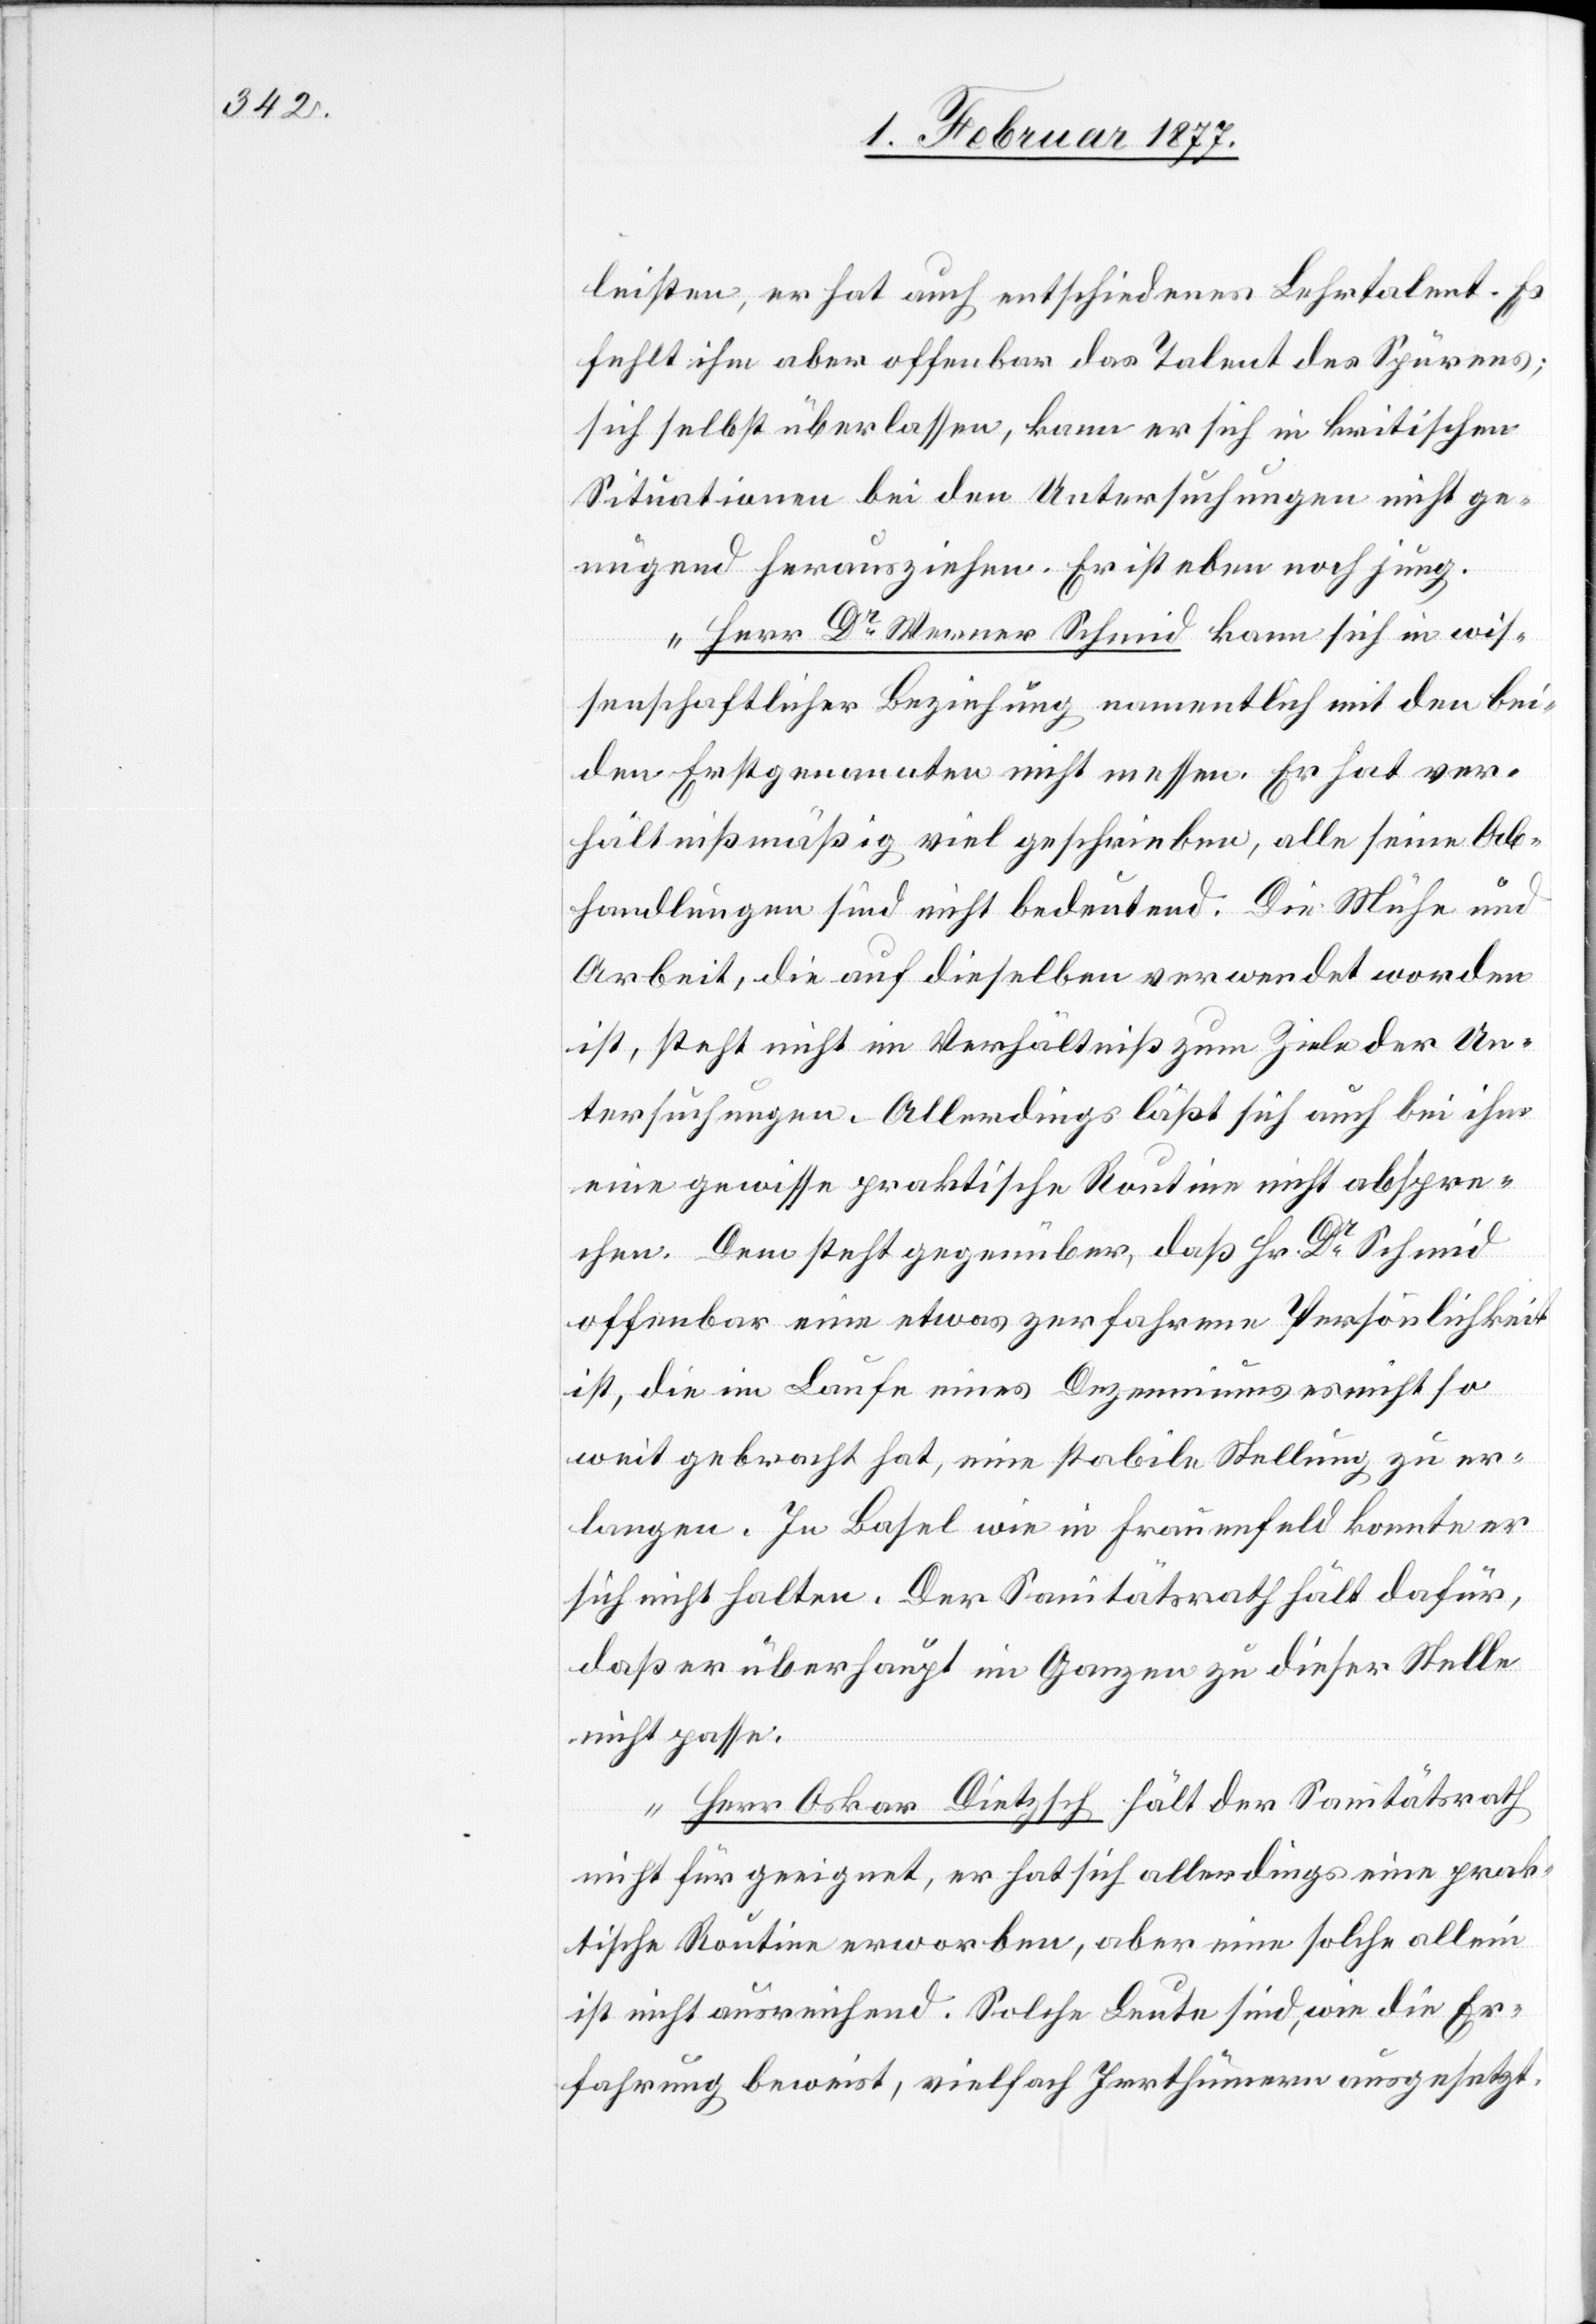
leisten, er hat auch entschiedenes Lehrtalent. Es
fehlt im aber offenbar das Talent des Spürens;
sich selbst überlassen, kann er sich in kritischen
Situationen bei den Untersuchungen nicht ge¬
nügend herausziehen. Er ist eben noch jung.
Herr Dr Werner Schmid kann sich in wis¬
senschaftlicher Beziehung namentlich mit den bei¬
den Erstgenannten nicht messen. Er hat ver¬
hältnißmäßig viel geschrieben, alle seine Ab¬
handlungen sind nicht bedeutend. Die Mühe und
Arbeit, die auf dieselben verwendet worden
ist, steht nicht im Verhältniß zum Ziele der Un¬
tersuchungen. Allerdings läßt sich auch bei ihm
eine gewisse praktische Routine nicht abspre¬
chen. Dem steht gegenüber, daß Hr. Dr Schmid
offenbar eine etwas zerfahrene Persönlichkeit
ist, die im Laufe eines Dezenniums es nicht so
weit gebracht hat, eine stabile Stellung zu er¬
langen. In Basel wie in Frauenfeld konnte er
sich nicht halten. Der Sanitätsrath hält dafür,
daß er überhaupt im Ganzen zu dieser Stelle
nicht passe.
Herr Oskar Dietzsch [sic!] hält der Sanitätsrath
nicht für geeignet, er hat sich allerdings eine prak¬
tische Routine erworben, aber eine solche allein
ist nicht ausreichend. Solche Leute sind, wie die Er¬
fahrung beweist, vielfach Irrthümern ausgesetzt.